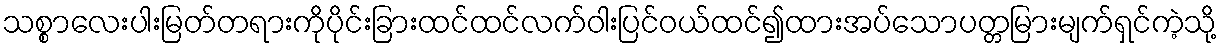
သစ္စာလေးပါးမြတ်တရားကိုပိုင်းခြားထင်ထင်လက်ဝါးပြင်ဝယ်ထင်၍ထားအပ်သောပတ္တမြားမျက်ရှင်ကဲ့သို့